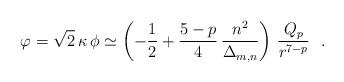
LaTeX: \begin{align*}\varphi = \sqrt{2}\,\kappa\,\phi\simeq \left(-\frac{1}{2}+\frac{5-p}{4}\,\frac{n^2}{\Delta_{m,n}}\right)\,\frac{Q_p}{r^{7-p}}~~.\end{align*}